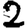
Digit: 2